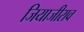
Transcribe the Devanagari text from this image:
जियाजीराव